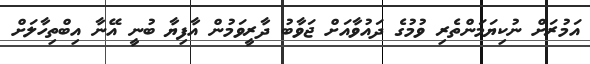
އަމުރަށް ނުކިޔަމަންތެރި ވުމުގެ ދައުވާއަށް ޖަވާބު ދާރީވަމުން އާފިޔާ ބުނީ އޭނާ އިބްތިހާލަށް